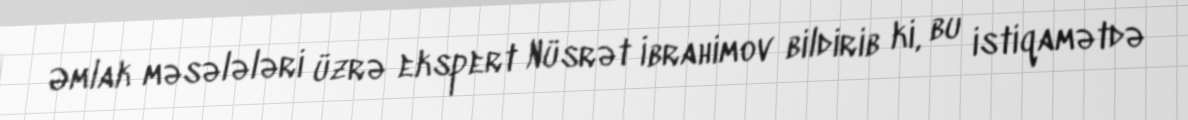
Əmlak məsələləri üzrə ekspert Nüsrət İbrahimov bildirib ki, bu istiqamətdə